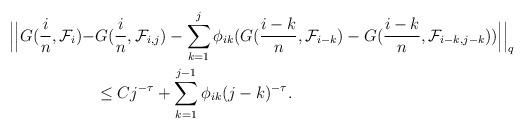
LaTeX: \begin{align*} \Big| \Big|G(\frac{i}{n}, \mathcal{F}_i)-& G(\frac{i}{n}, \mathcal{F}_{i,j})-\sum_{k=1}^j \phi_{ik}(G(\frac{i-k}{n},\mathcal{F}_{i-k})-G(\frac{i-k}{n}, \mathcal{F}_{i-k,j-k})) \Big |\Big|_q \\ & \leq Cj^{-\tau}+ \sum_{k=1}^{j-1} \phi_{ik} (j-k)^{-\tau}. \end{align*}